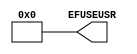
module EFUSE_USR (
  EFUSEUSR
);

  parameter [31:0] SIM_EFUSE_VALUE = 32'h00000000;

  output [31:0] EFUSEUSR;

  assign EFUSEUSR = SIM_EFUSE_VALUE;

endmodule